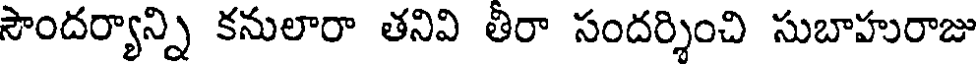
సౌందర్యాన్ని కనులారా తనివి తీరా సందర్శించి సుబాహురాజు